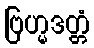
ဗြဟ္မဒတ္တံ